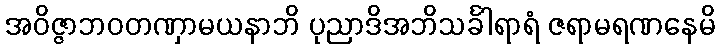
အဝိဇ္ဇာဘဝတဏှာမယနာဘိ ပုညာဒိအဘိသင်္ခါရာရံ ဇရာမရဏနေမိ